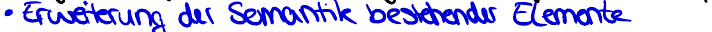
Erweiterung der Semantik bestehender Elemente